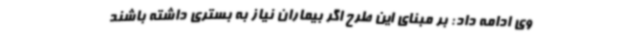
وی ادامه داد: بر مبنای این طرح اگر بیماران نیاز به بستری داشته باشند